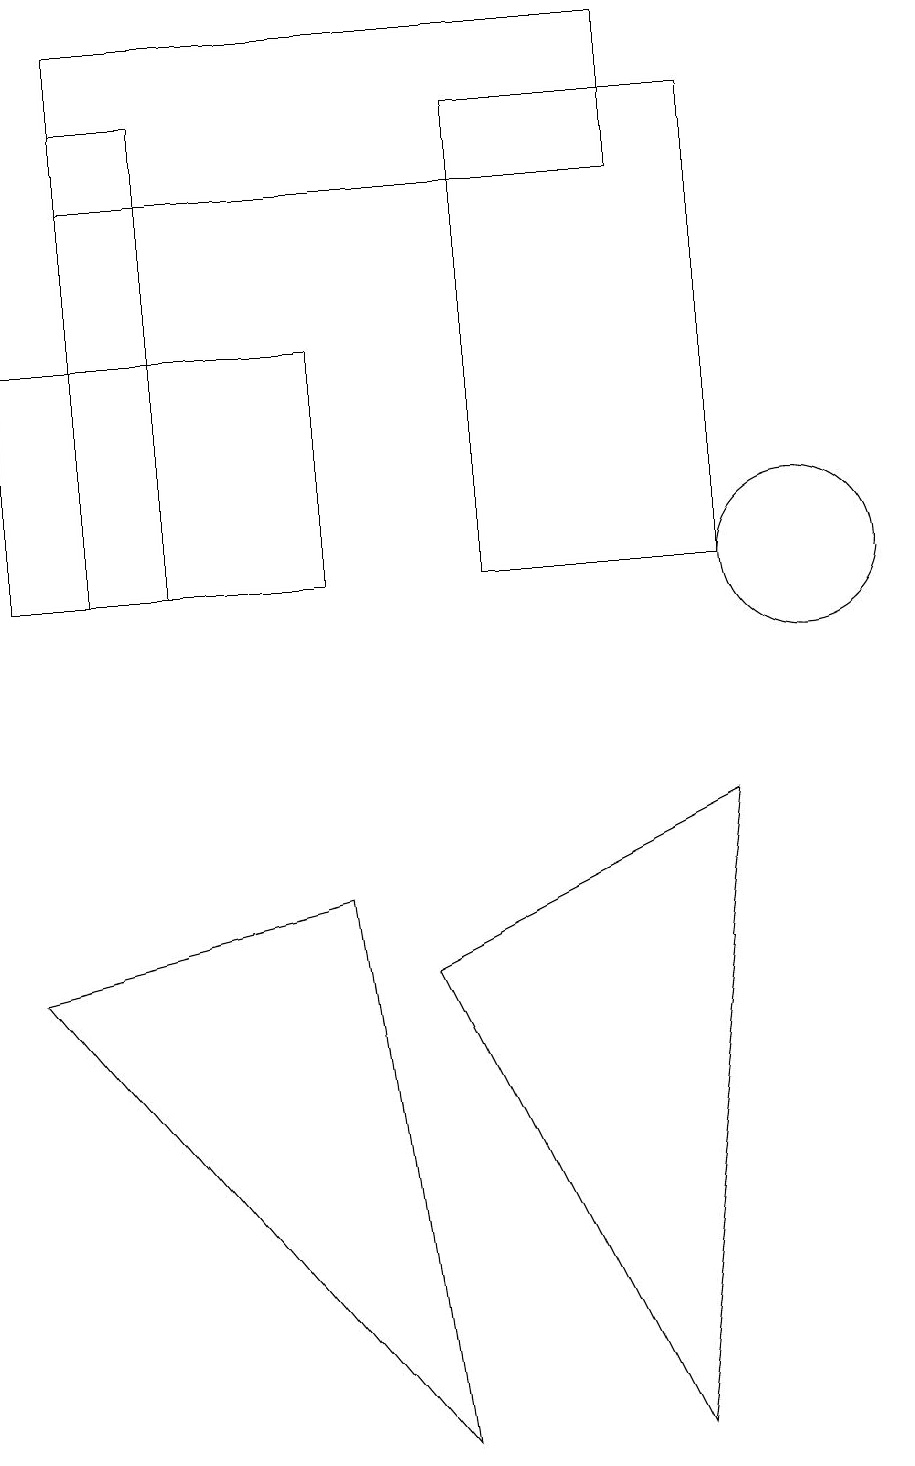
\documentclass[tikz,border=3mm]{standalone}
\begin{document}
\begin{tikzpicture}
\draw (2,17) rectangle (1,11);
\draw (5,6) -- (9,8) -- (8,0) -- cycle;
\draw (1,16) rectangle (8,18);
\draw (10,11) circle (1);
\draw (4,11) rectangle (0,14);
\draw (6,11) rectangle (9,17);
\draw (0,6) -- (5,0) -- (4,7) -- cycle;
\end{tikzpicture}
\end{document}